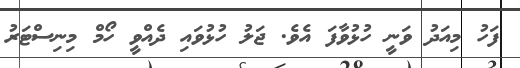
ފަހު މިއަދު ވަނީ ހުޅުވާފަ އެވެ. ޖަލު ހުޅުވައި ދެއްވީ ހޯމް މިނިސްޓަރު